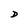
Character: D